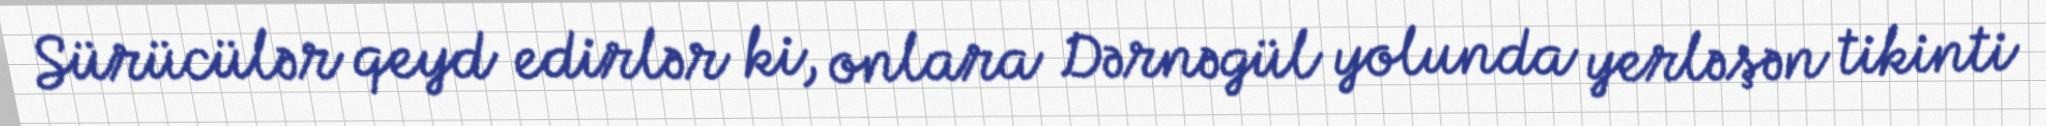
Sürücülər qeyd edirlər ki, onlara Dərnəgül yolunda yerləşən tikinti